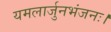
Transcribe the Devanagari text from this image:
यमलार्जुनभंजनः।